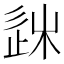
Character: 𨒠